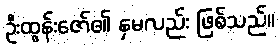
ဦးထွန်းဇော်၏ နှမလည်း ဖြစ်သည်။